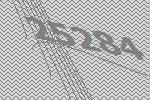
25284